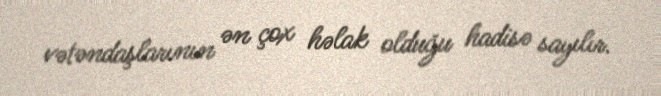
vətəndaşlarının ən çox həlak olduğu hadisə sayılır.